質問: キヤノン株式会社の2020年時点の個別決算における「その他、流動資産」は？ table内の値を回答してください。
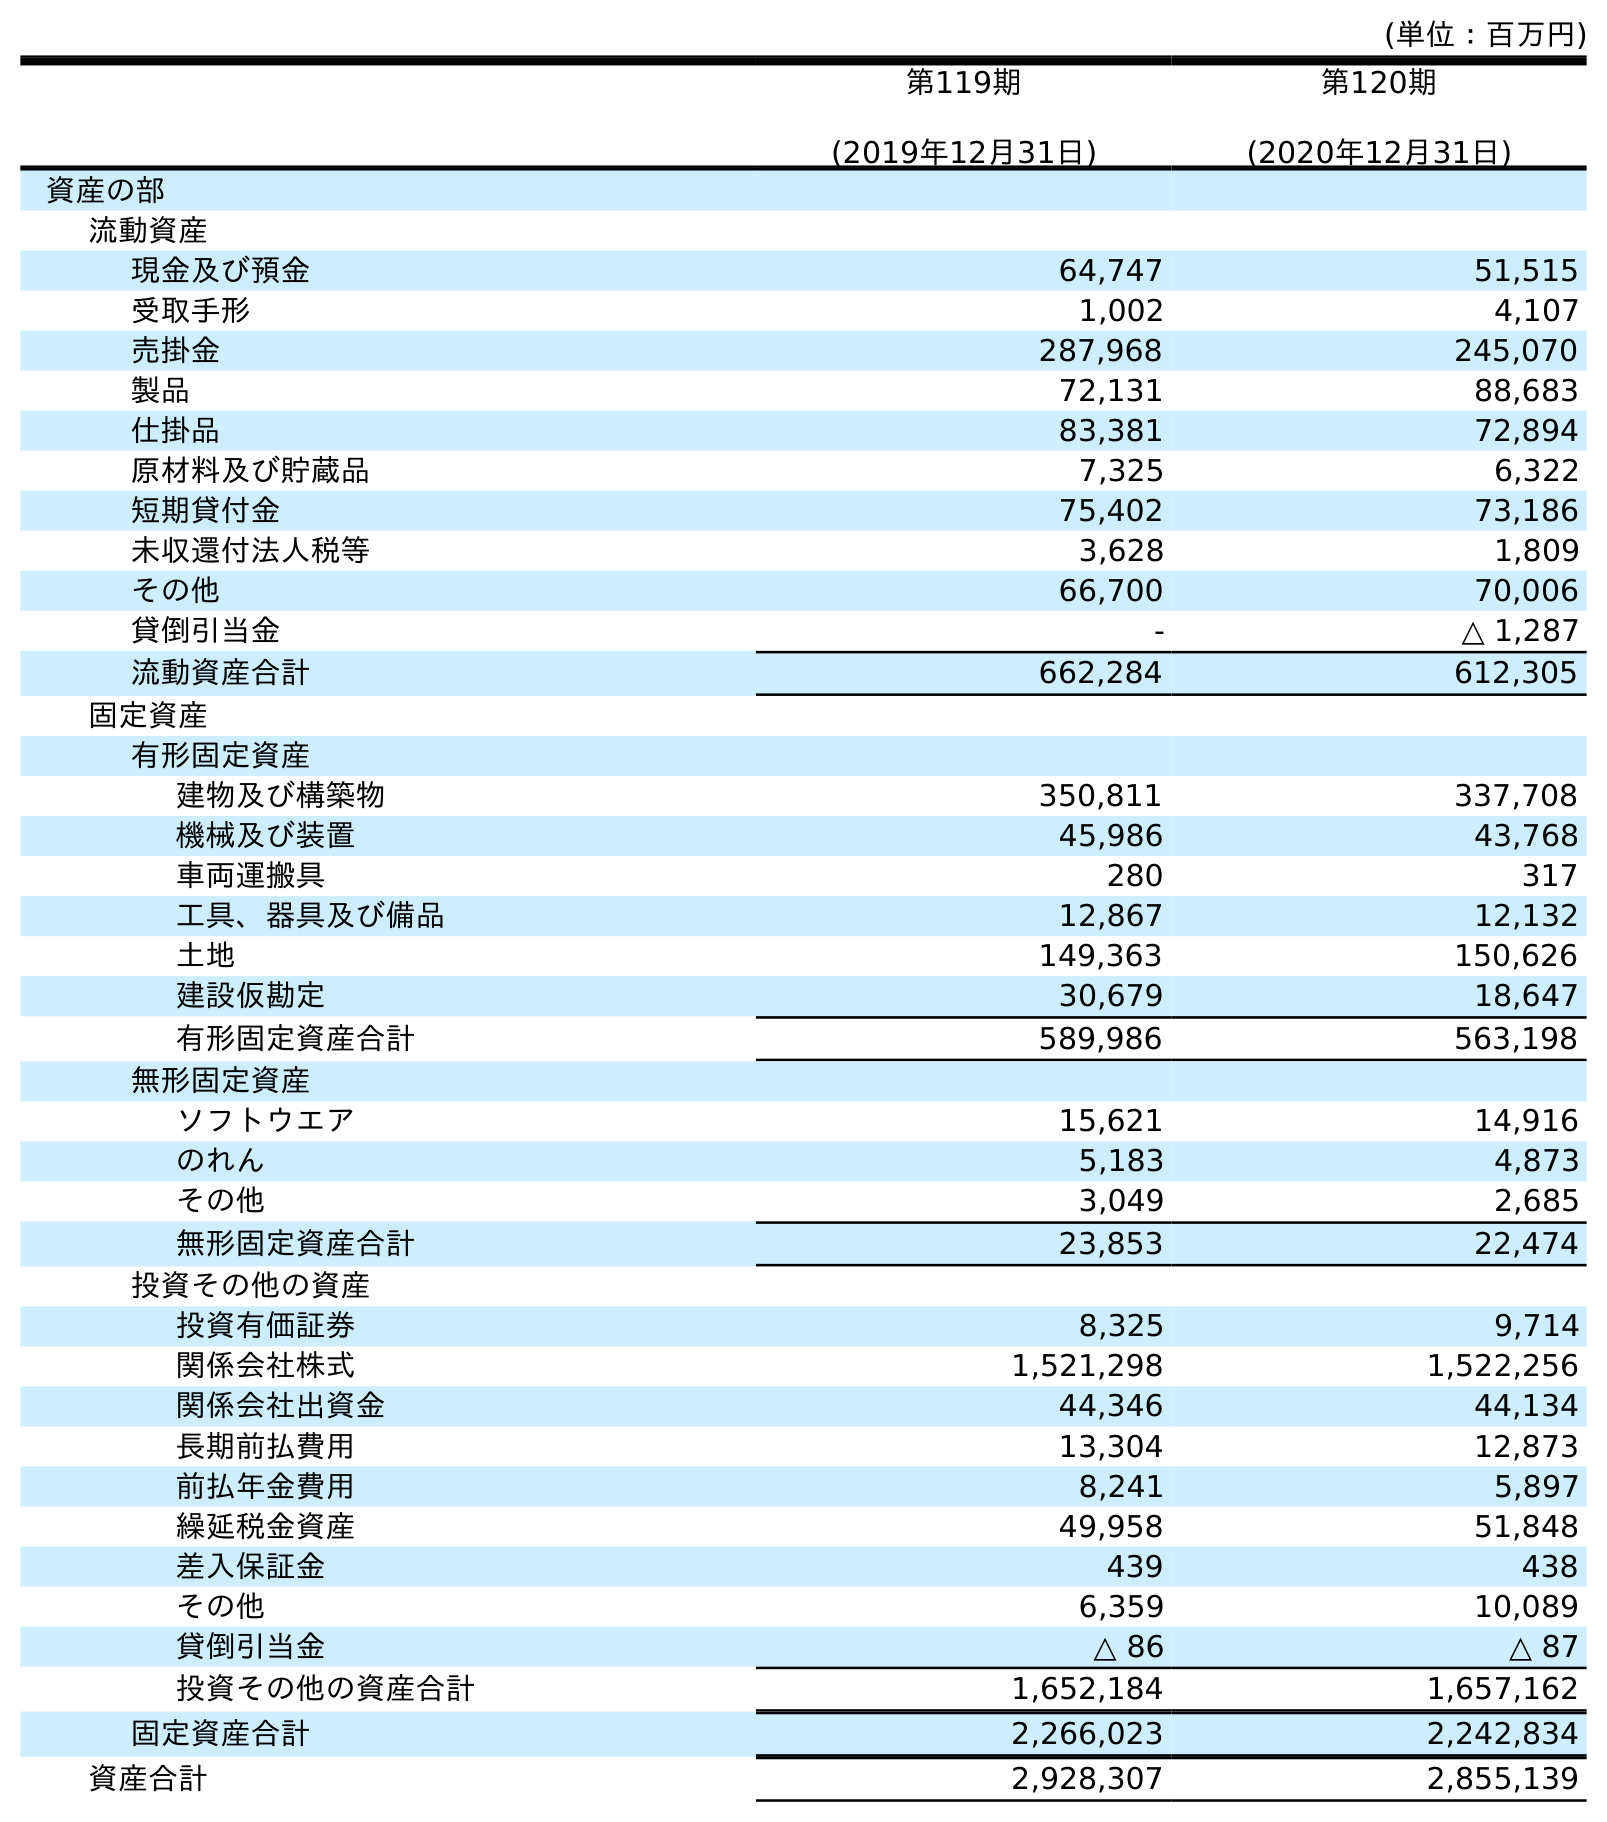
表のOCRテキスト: (単位：百万円) 第119期 (2019年12月31日) 第120期 (2020年12月31日) 資産の部 流動資産 現金及び預金 64,747 51,515 受取手形 1,002 4,107 売掛金 287,968 245,070 製品 72,131 88,683 仕掛品 83,381 72,894 原材料及び貯蔵品 7,325 6,322 短期貸付金 75,402 73,186 未収還付法人税等 3,628 1,809 その他 66,700 70,006 貸倒引当金 - △ 1,287 流動資産合計 662,284 612,305 固定資産 有形固定資産 建物及び構築物 350,811 337,708 機械及び装置 45,986 43,768 車両運搬具 280 317 工具、器具及び備品 12,867 12,132 土地 149,363 150,626 建設仮勘定 30,679 18,647 有形固定資産合計 589,986 563,198 無形固定資産 ソフトウエア 15,621 14,916 のれん 5,183 4,873 その他 3,049 2,685 無形固定資産合計 23,853 22,474 投資その他の資産 投資有価証券 8,325 9,714 関係会社株式 1,521,298 1,522,256 関係会社出資金 44,346 44,134 長期前払費用 13,304 12,873 前払年金費用 8,241 5,897 繰延税金資産 49,958 51,848 差入保証金 439 438 その他 6,359 10,089 貸倒引当金 △ 86 △ 87 投資その他の資産合計 1,652,184 1,657,162 固定資産合計 2,266,023 2,242,834 資産合計 2,928,307 2,855,139
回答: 70,006